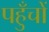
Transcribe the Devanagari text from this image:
पहुँचों